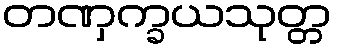
တဏှက္ခယသုတ္တ